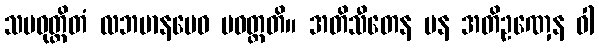
သမဝုတ္တိတံ လဘမာနမေဝ ပဝတ္တတိ။ အတိသီတေန ပန အတိဥဏှေန ဝါ